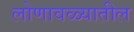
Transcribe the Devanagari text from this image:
लोणावळ्यातील